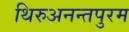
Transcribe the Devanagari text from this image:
थिरुअनन्तपुरम